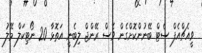
ވީއެޗްއެފް ސެޓް ބޭނުންކޮށްގެން ވެސް ރޭންޖް ލިބެނީ އަތޮޅާ 20 ނޯޓިކަލް މޭލު